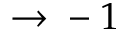
\c \to - 1